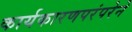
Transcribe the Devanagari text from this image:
कार्यकारणपरंपरेने